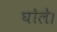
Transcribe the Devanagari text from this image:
घोले।